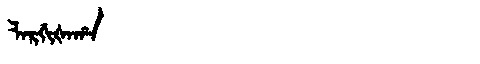
Manchu: ᠯᠠᡵᡤᡳᡧᠠᡥᠠ
Romanization: LARGIŠAHA